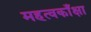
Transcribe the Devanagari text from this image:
महत्वकाँक्षा